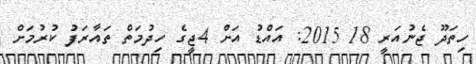
ހިތަދޫ ޖެނުއަރީ 18 2015: އައްޑު އަށް 4ޖީގެ ހިދުމަތް ތައާރަފު ކުރުމަށް